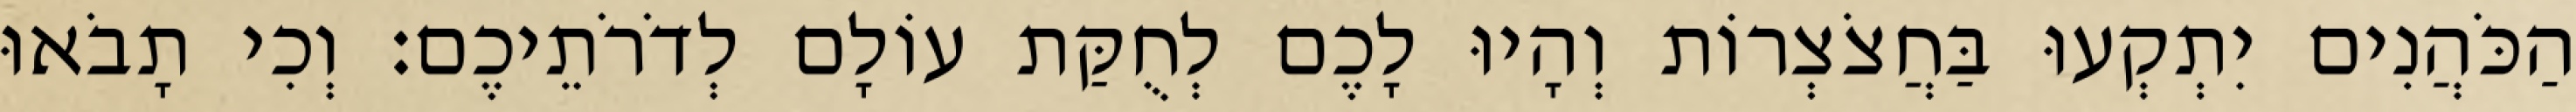
הַכֹּהֲנִים יִתְקְעוּ בַּחֲצֹצְרוֹת וְהָיוּ לָכֶם לְחֻקַּת עוֹלָם לְדֹרֹתֵיכֶם׃ וְכִי תָבֹאוּ